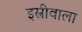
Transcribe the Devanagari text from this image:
इस्त्रीवाला